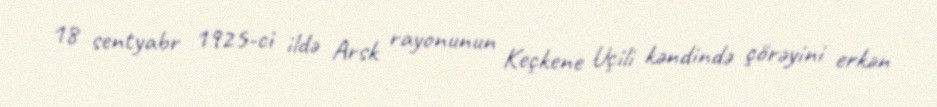
18 sentyabr 1925-ci ildə Arsk rayonunun Keçkene Uçili kəndində çörəyini erkən